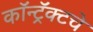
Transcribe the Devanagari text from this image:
कॉन्ट्रॅक्‍टचे